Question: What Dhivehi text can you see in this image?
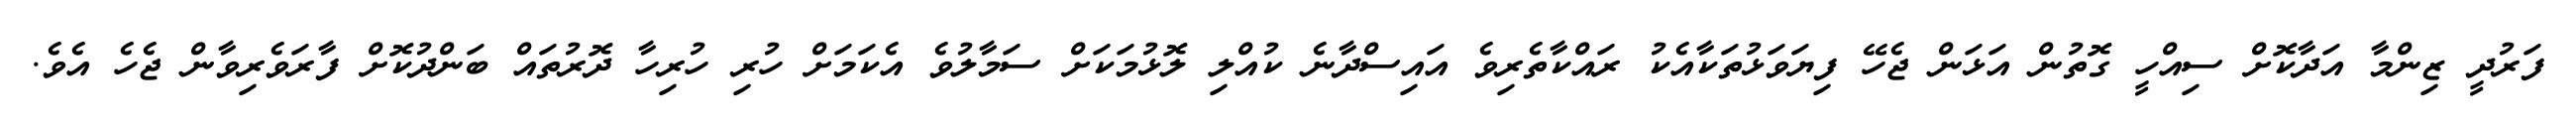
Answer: ފަރުދީ ޒިންމާ އަދާކޮށް ސިއްހީ ގޮތުން އަޅަން ޖެހޭ ފިޔަވަޅުތަކާއެކު ރައްކާތެރިވެ އައިސްދާނެ ކުއްލި ލޮޅުމަކަށް ސަމާލުވެ އެކަމަށް ހުރި ހުރިހާ ދޮރުތައް ބަންދުކޮށް ފާރަވެރިވާން ޖެހެ އެވެ.